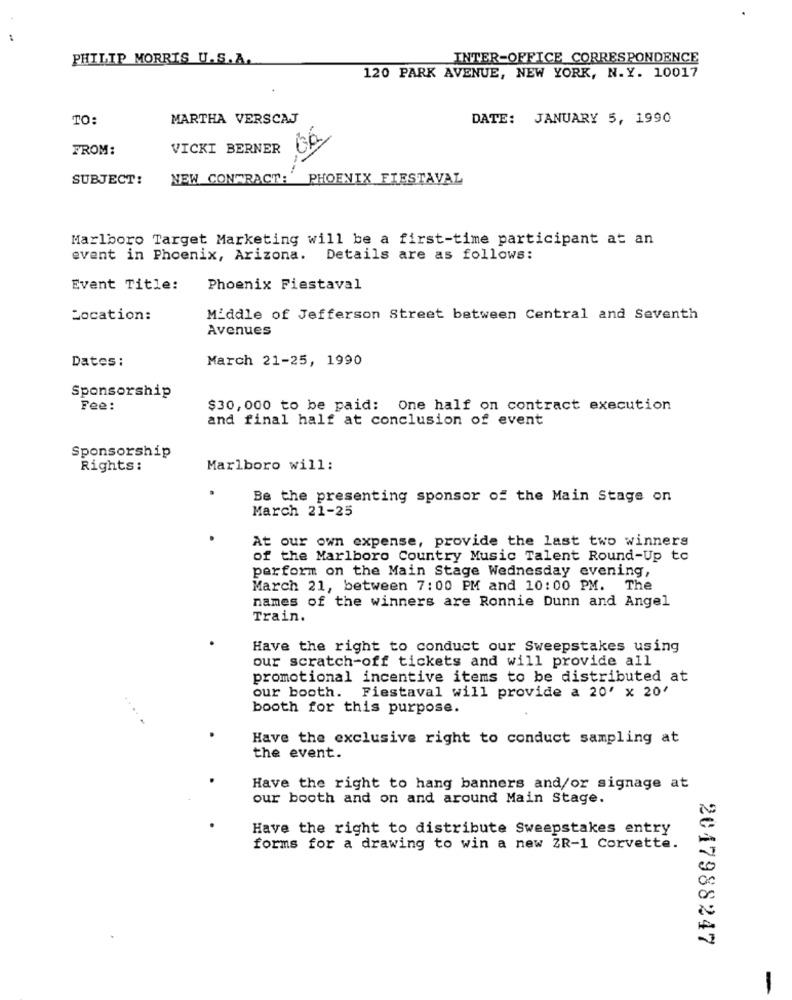
PHILIP MORRIS U.S.A.
INTER-OFFICE CORRESPONDENCE
120 PARK AVENUE, NEW YORK, N.Y. 10017
.
TO:
MARTHA VERSCAJ
DATE: JANUARY 5, 1990
FROM:
VICKI BERNER
SUBJECT:
NEW CONTRACT:
PHOENIX FIESTAVAL
Marlboro Target Marketing will be a first-time participant at an
event in Phoenix, Arizona. Details are as follows:
Event Title:
Phoenix Fiestaval
Location:
Middle of Jefferson Street between Central and Seventh
Avenues
Dates :
March 21-25, 1990
Sponsorship
Fee:
$30,000 to be paid: One half on contract execution
and final half at conclusion of event
Sponsorship
Rights:
Marlboro will:
Be the presenting sponsor of the Main Stage on
March 21-25
At our own expense, provide the last two winners
of the Marlboro Country Music Talent Round-Up to
perform on the Main Stage Wednesday evening,
March 21, between 7:00 PM and 10:00 PM. The
names of the winners are Ronnie Dunn and Angel
Train.
Have the right to conduct our Sweepstakes using
our scratch-off tickets and will provide all
promotional incentive items to be distributed at
our booth. Fiestaval will provide a 20' x 20'
booth for this purpose.
Have the exclusive right to conduct sampling at
the event.
Have the right to hang banners and/or signage at
our booth and on and around Main Stage.
Have the right to distribute Sweepstakes entry
forms for a drawing to win a new ZR-1 Corvette.
2017988247
-